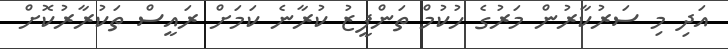
އަދި މި ސަރުކާރުން މަރުގެ ހުކުމް ތަންފީޒު ކުރާނެ ކަމަށް ރައީސް ތަކުރާރުކޮށް